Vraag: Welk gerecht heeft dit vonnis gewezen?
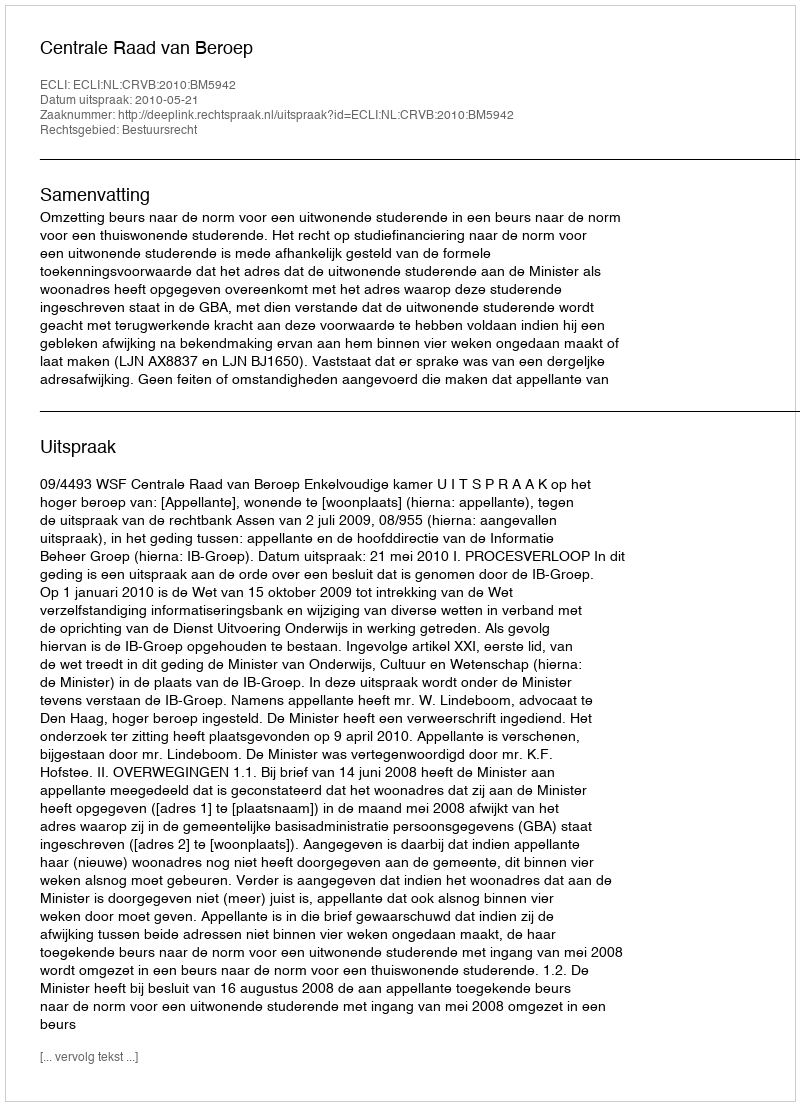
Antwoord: Centrale Raad van Beroep